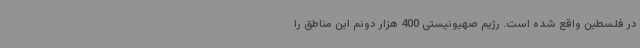
در فلسطین واقع شده است. رژیم صهیونیستی 400 هزار دونم این مناطق را